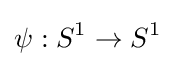
\psi :S^{1}\rightarrow S^{1}